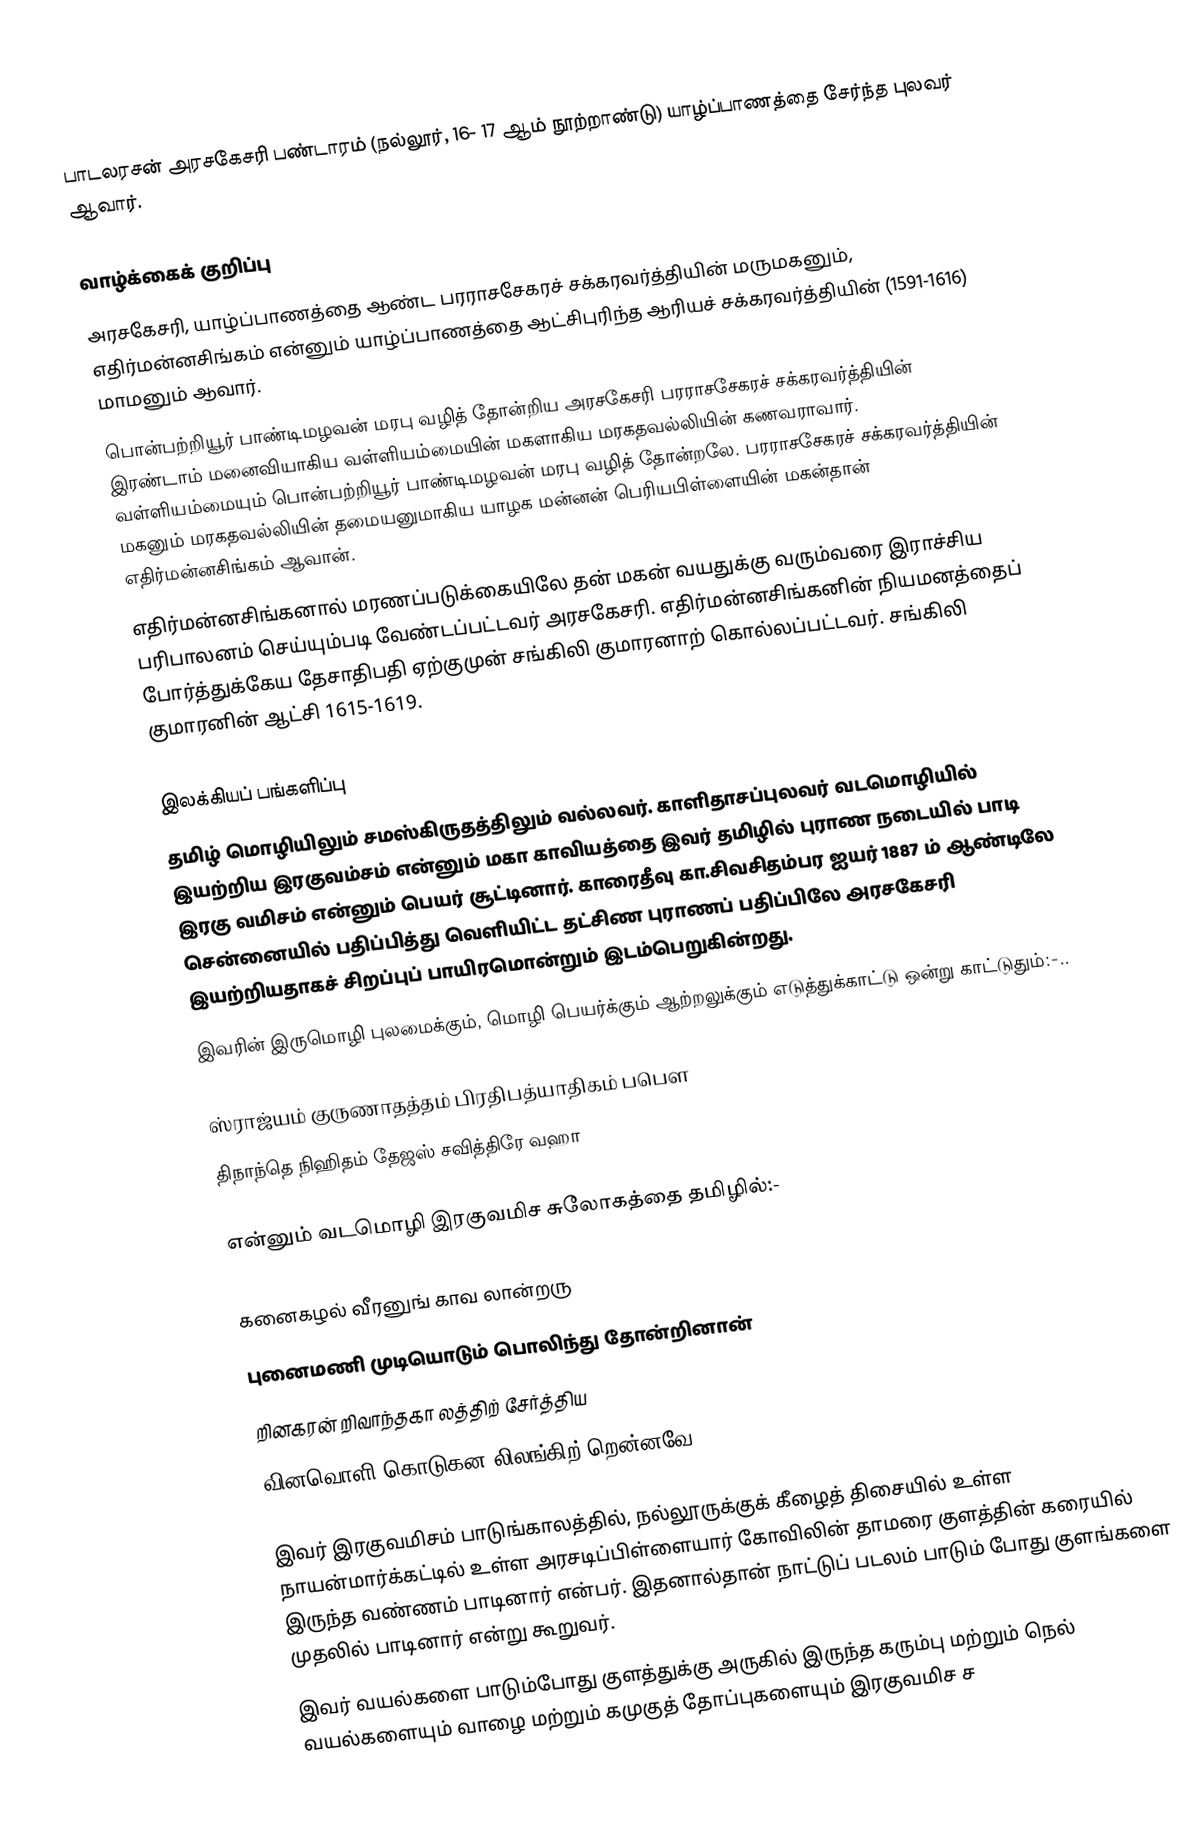
பாடலரசன் அரசகேசரி பண்டாரம் (நல்லூர், 16- 17 ஆம் நூற்றாண்டு) யாழ்ப்பாணத்தை சேர்ந்த புலவர் ஆவார்.

வாழ்க்கைக் குறிப்பு
அரசகேசரி, யாழ்ப்பாணத்தை ஆண்ட பரராசசேகரச் சக்கரவர்த்தியின் மருமகனும், எதிர்மன்னசிங்கம் என்னும் யாழ்ப்பாணத்தை ஆட்சிபுரிந்த ஆரியச் சக்கரவர்த்தியின் (1591-1616) மாமனும் ஆவார்.
பொன்பற்றியூர் பாண்டிமழவன் மரபு வழித் தோன்றிய அரசகேசரி பரராசசேகரச் சக்கரவர்த்தியின் இரண்டாம் மனைவியாகிய வள்ளியம்மையின் மகளாகிய மரகதவல்லியின் கணவராவார். வள்ளியம்மையும் பொன்பற்றியூர் பாண்டிமழவன் மரபு வழித் தோன்றலே. பரராசசேகரச் சக்கரவர்த்தியின் மகனும் மரகதவல்லியின் தமையனுமாகிய யாழக மன்னன் பெரியபிள்ளையின் மகன்தான் எதிர்மன்னசிங்கம் ஆவான்.
எதிர்மன்னசிங்கனால் மரணப்படுக்கையிலே தன் மகன் வயதுக்கு வரும்வரை இராச்சிய பரிபாலனம் செய்யும்படி வேண்டப்பட்டவர் அரசகேசரி. எதிர்மன்னசிங்கனின் நியமனத்தைப் போர்த்துக்கேய தேசாதிபதி ஏற்குமுன் சங்கிலி குமாரனாற் கொல்லப்பட்டவர். சங்கிலி குமாரனின் ஆட்சி 1615-1619.

இலக்கியப் பங்களிப்பு
தமிழ் மொழியிலும் சமஸ்கிருதத்திலும் வல்லவர். காளிதாசப்புலவர் வடமொழியில் இயற்றிய இரகுவம்சம் என்னும் மகா காவியத்தை இவர் தமிழில் புராண நடையில் பாடி இரகு வமிசம் என்னும் பெயர் சூட்டினார். காரைதீவு கா.சிவசிதம்பர ஐயர் 1887 ம் ஆண்டிலே சென்னையில் பதிப்பித்து வெளியிட்ட தட்சிண புராணப் பதிப்பிலே அரசகேசரி இயற்றியதாகச் சிறப்புப் பாயிரமொன்றும் இடம்பெறுகின்றது.
இவரின் இருமொழி புலமைக்கும், மொழி பெயர்க்கும் ஆற்றலுக்கும் எடுத்துக்காட்டு ஒன்று காட்டுதும்:-..

ஸ்ராஜ்யம் குருணாதத்தம் பிரதிபத்யாதிகம் பபெள
திநாந்தெ நிஹிதம் தேஜஸ் சவித்திரே வஹா

என்னும் வடமொழி இரகுவமிச சுலோகத்தை தமிழில்:-

கனைகழல் வீரனுங் காவ லான்றரு
புனைமணி முடியொடும் பொலிந்து தோன்றினான்
றினகரன் றிவாந்தகா லத்திற் சேர்த்திய
வினவொளி கொடுகன லிலங்கிற் றென்னவே

இவர் இரகுவமிசம் பாடுங்காலத்தில், நல்லூருக்குக் கீழைத் திசையில் உள்ள நாயன்மார்க்கட்டில் உள்ள  அரசடிப்பிள்ளையார் கோவிலின் தாமரை குளத்தின் கரையில் இருந்த வண்ணம் பாடினார் என்பர். இதனால்தான் நாட்டுப் படலம் பாடும் போது குளங்களை முதலில் பாடினார் என்று கூறுவர்.
இவர் வயல்களை பாடும்போது குளத்துக்கு அருகில் இருந்த கரும்பு மற்றும் நெல் வயல்களையும் வாழை மற்றும் கமுகுத் தோப்புகளையும்  இரகுவமிச ச